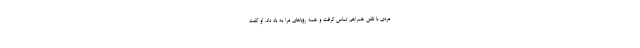
مردی با تلفن همراهم تماس گرفت و همه رؤیاهای مرا به باد داد. او گفت